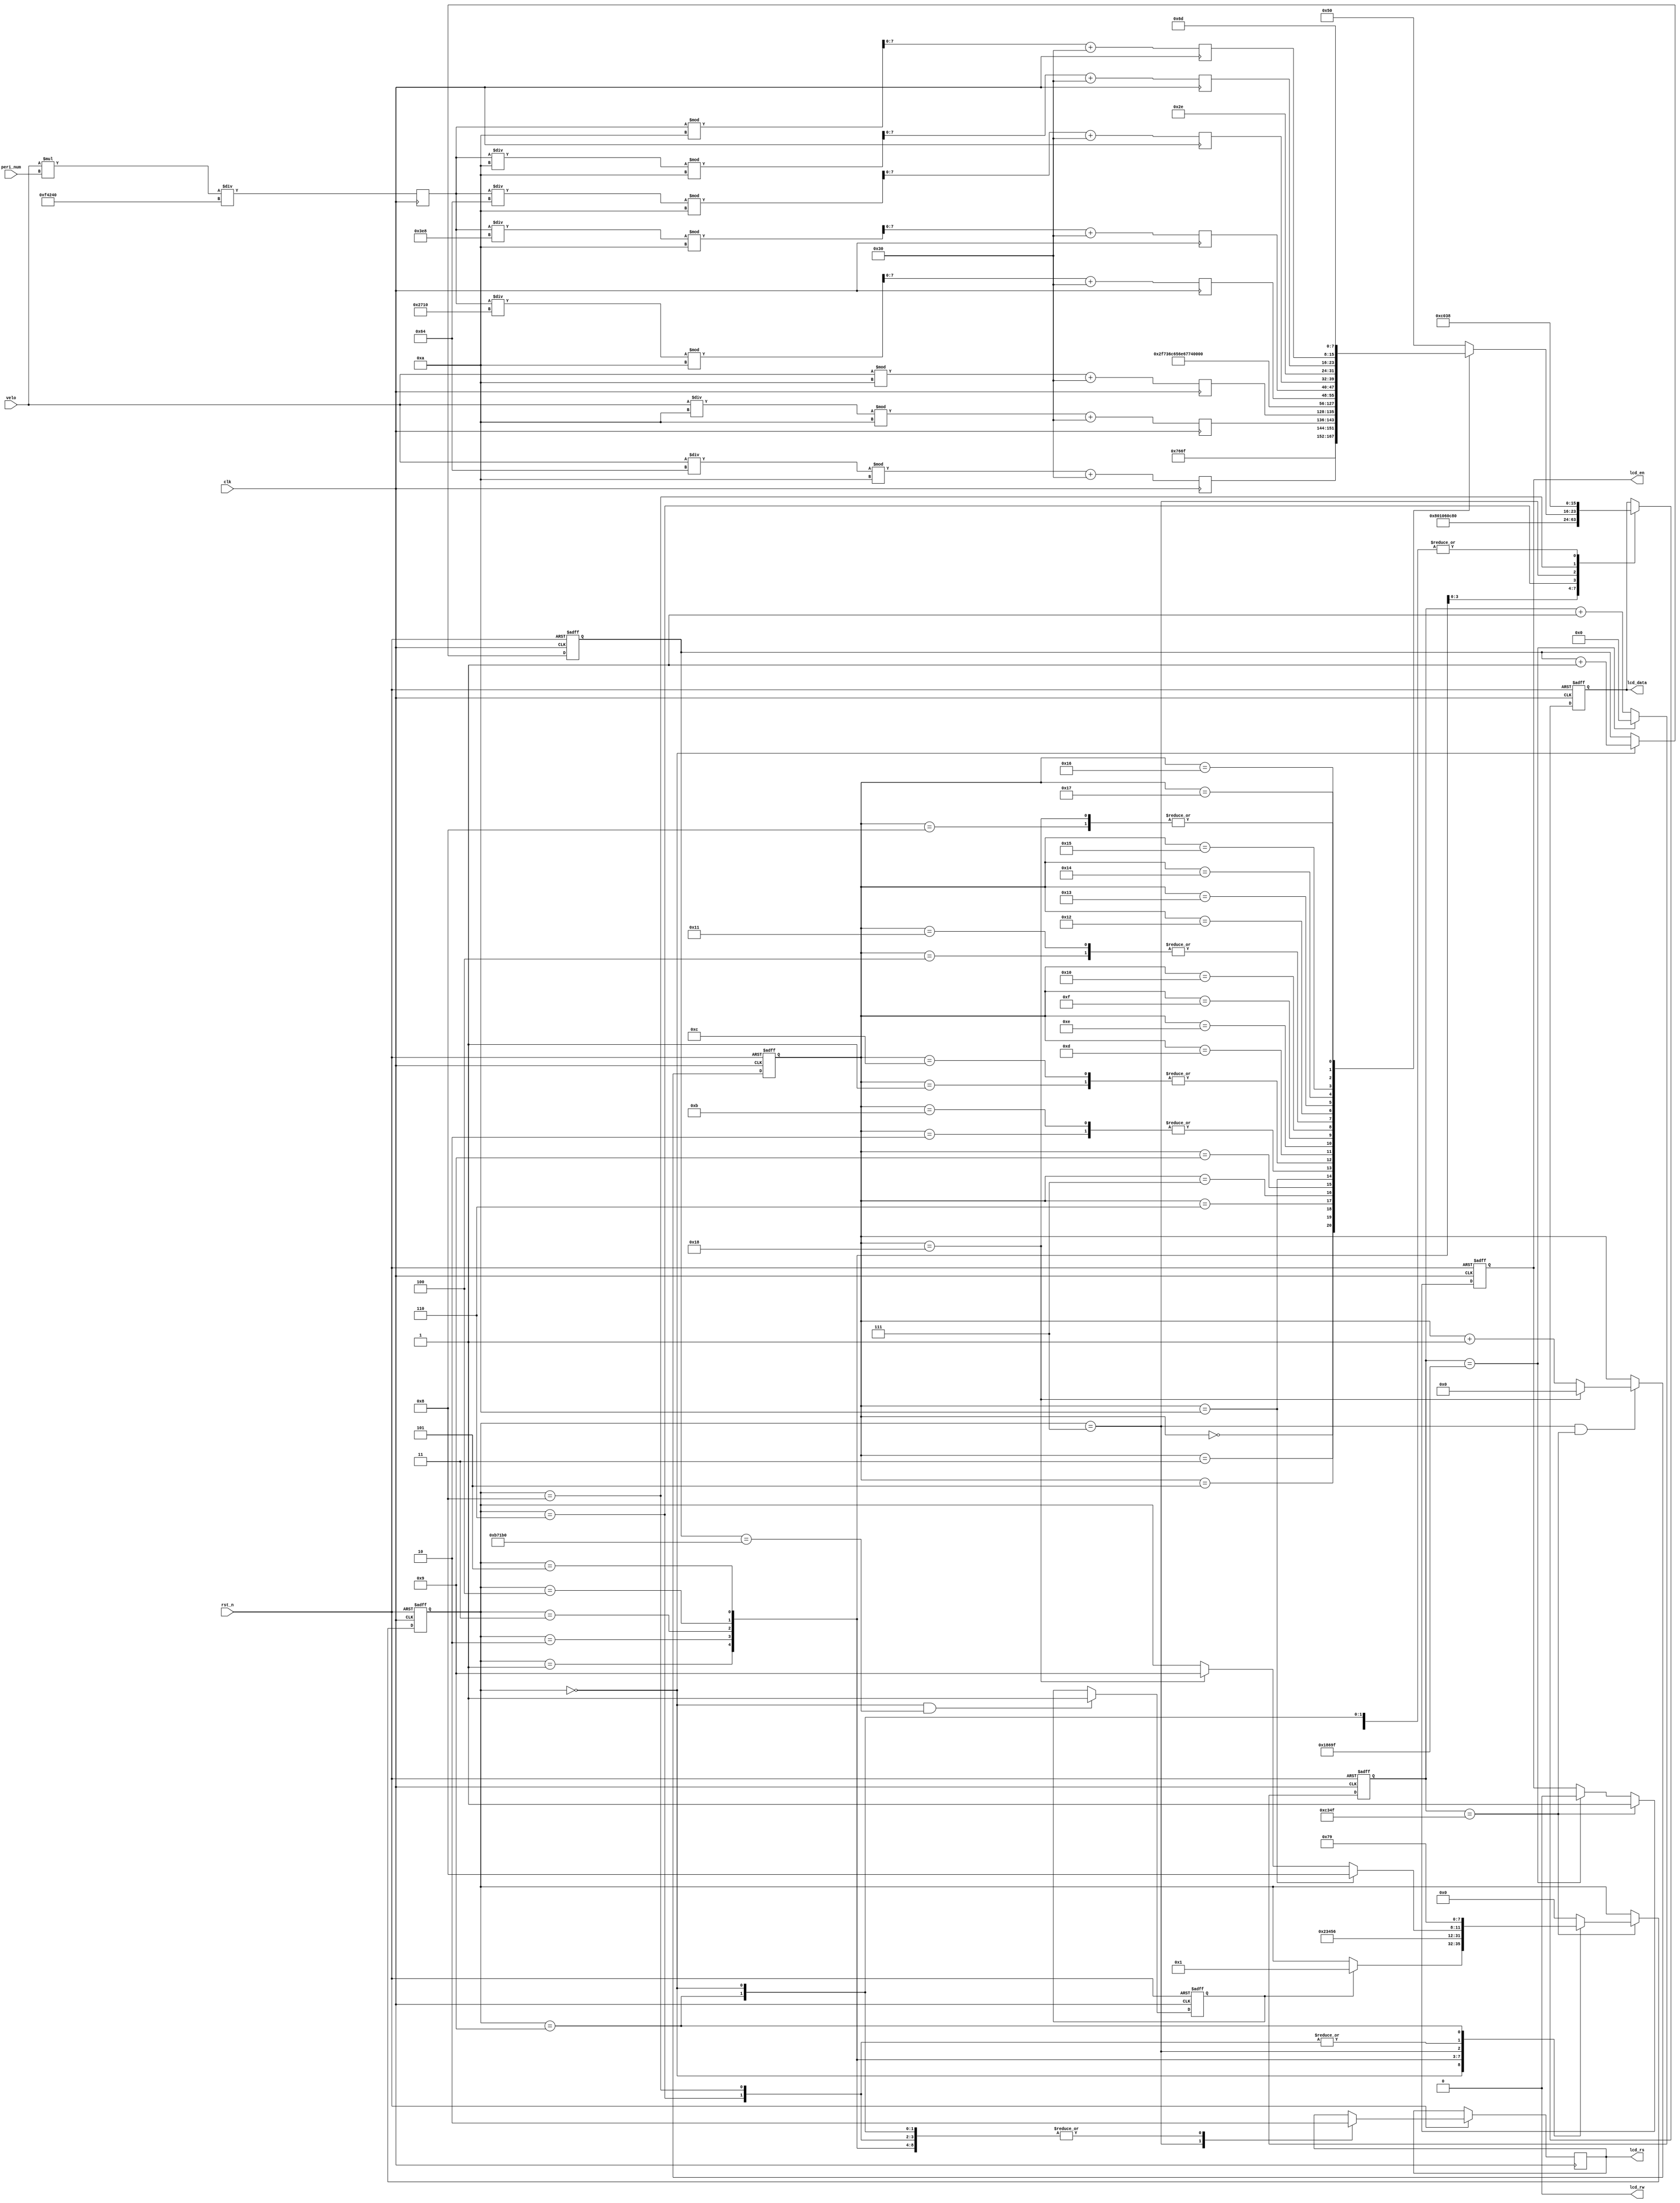
 
// Company  : 
// Engineer : 
// -----------------------------------------------------------------------------
// https://blog.csdn.net/qq_33231534    PHF's CSDN blog
// -----------------------------------------------------------------------------
// Revise Data    : 2020-09-08 09:53:32
// Target Devices : XC7Z015-CLG485-2
// Tool Versions  : Vivado 2019.2
// Revision       : V1.1
// Editor         : sublime text3, tab size (4)
// Description    : LCD1602 driver
 
module lcd_test(
	input				clk			,
	input				rst_n		,
	
	output	reg			lcd_rs		,
	output	wire		lcd_rw		,
	output	reg			lcd_en		,
	output	reg	[7:0]	lcd_data	,
	input    [7:0] velo,
	input 	[31:0] peri_num
	);
 
	reg	[17:0]	cnt				;
	reg	[3:0]	state_c			;
	reg	[3:0]	state_n			;
	reg	[4:0]	char_cnt		;
	reg	[7:0]	data_display	;

	parameter frequency = 32'd500000;
	localparam
		IDLE			= 4'd0	,
		INIT 			= 4'd1	,
		S0				= 4'd2	,
		S1				= 4'd3	,
		S2				= 4'd4	,
		S3				= 4'd5	,
		ROW1_ADDR		= 4'd6	,
		WRITE			= 4'd7	,
		ROW2_ADDR		= 4'd8	,
		stop			= 4'd9	;
 
 
	assign lcd_rw = 1'b0;
 
reg [31:0] length;

reg [7:0] velo2;
reg [7:0] velo1;
reg [7:0] velo0;

reg [7:0] len4;
reg [7:0] len3;
reg [7:0] len2;
reg [7:0] len1;
reg [7:0] len0;


always @(posedge clk)
	begin 
		length <= (velo * peri_num )/(2'd2*frequency);
	end

always @(posedge clk)
	begin
		velo0 <= (velo % 4'd10) + 8'h30;
		velo1 <= ((velo / 4'd10) % 4'd10) + 8'h30;
		velo2 <= ((velo / 8'd100) % 4'd10) + 8'h30;
	end

always @(posedge clk)
	begin
		len4 <= ((length) / 16'd10000) % 4'd10 + 8'h30;
		len3 <= ((length) / 10'd1000) % 4'd10 + 8'h30;
		len2 <= ((length) / 8'd100) % 4'd10 + 8'h30;
		len1 <= ((length) / 4'd10) % 4'd10 + 8'h30;
		len0 <= length % 4'd10 + 8'h30;
	end
	
	
	always @(posedge clk or negedge rst_n) begin
		if (!rst_n) begin
			cnt <= 17'd0;
		end
		else begin
			if (cnt==17'd100_000 - 1) begin
				cnt <= 17'd0;
			end
			else begin
				cnt <= cnt + 1'b1;
			end
		end
	end

	

	always @(posedge clk or negedge rst_n) begin
		if (!rst_n) begin
			lcd_en <= 0;
		end
		else if (cnt==17'd50_000 - 1) begin
			lcd_en <= 1;
		end
		else if (cnt==17'd100_000 - 1) begin
			lcd_en <= 0;
		end
	end
 
	always @(posedge clk or negedge rst_n) begin
		if (!rst_n) begin
			char_cnt <= 0;
		end
		else if (state_c==WRITE && cnt==17'd50_000 - 1) begin
			if (char_cnt==5'd24) begin
				char_cnt <= 5'd0;
			end
			else begin
				char_cnt <= char_cnt + 1'b1;
			end
		end
	end
 
	always @(*) begin
		case(char_cnt)
			5'd0: data_display   = "v";
			5'd1: data_display   = "e";
			5'd2: data_display   = "l";
			5'd3: data_display   = "o";
			5'd4: data_display   = ":";
			5'd5: data_display   = velo2;
			5'd6: data_display   = velo1;
			5'd7: data_display   = velo0;
			5'd8: data_display   = "m";
			5'd9: data_display   = "/";
			5'd10: data_display  = "s";
			5'd11: data_display  = "l";
			5'd12: data_display  = "e";
			5'd13: data_display  = "n";
			5'd14: data_display  = "g";
			5'd15: data_display  = "t";
			5'd16: data_display  = "h";
			5'd17: data_display  = ":";
			5'd18: data_display  = len4;
			5'd19: data_display  = len3;
			5'd20: data_display  = len2;
			5'd21: data_display  = ".";
			5'd22: data_display  = len1;
			5'd23: data_display  = len0;
			5'd24: data_display  = "m";
			default:data_display = "P";
		endcase
	end
 
	always @(posedge clk or negedge rst_n) begin
		if (!rst_n) begin
			state_c <= IDLE;
		end
		else if(cnt==17'd50_000 - 1) begin
			state_c <= state_n;
		end
	end
 
	reg	[19:0]	cnt_15ms;
	reg		flag	;
	always@(posedge clk or negedge rst_n)begin
		if (!rst_n) begin
			cnt_15ms <= 0;
		end
		else if (state_c == IDLE) begin
			cnt_15ms <= cnt_15ms + 1'b1;
		end
	end
 
	always@(posedge clk or negedge rst_n)begin
		if (!rst_n) begin
			flag <= 0;
		end
		else if (state_c==IDLE && cnt_15ms==20'd750000) begin
			flag <= 1;
		end
	end
 
	always @(*) begin
		case(state_c)
			IDLE		:
				begin
					if (flag) begin
						state_n = INIT;
					end
					else begin
						state_n = state_c;
					end
				end
			INIT 	:
				begin
					state_n = S0;
				end
			S0  	:
				begin
					state_n = S1;
				end
			S1  	:
				begin
					state_n = S2;
				end
			S2  	:
				begin
					state_n = S3;
				end
			S3  	:
				begin
					state_n = ROW1_ADDR;
				end
			ROW1_ADDR:
				begin
					state_n = WRITE;
				end
			WRITE		:
				begin
					if (char_cnt==5'd10) begin
						state_n = ROW2_ADDR;
					end
					else if (char_cnt==5'd24) begin
						state_n = stop;
					end
					else begin
						state_n = state_c;
					end
				end
			ROW2_ADDR:
				begin
					state_n = WRITE;
				end
			stop		:
				begin
					state_n = stop;
				end
			default:state_n = IDLE;
		endcase
	end
 
	always @(posedge clk or negedge rst_n) begin
		if (!rst_n) begin
			lcd_data <= 8'd0;
		end
		else begin
			case(state_c)
				IDLE		:begin lcd_data <= 8'h38; lcd_rs <= 0;end
				INIT 		:begin lcd_data <= 8'h38; lcd_rs <= 0;end
				S0			:begin lcd_data <= 8'h08; lcd_rs <= 0;end
				S1			:begin lcd_data <= 8'h01; lcd_rs <= 0;end
				S2			:begin lcd_data <= 8'h06; lcd_rs <= 0;end
				S3			:begin lcd_data <= 8'h0c; lcd_rs <= 0;end
				ROW1_ADDR	:begin lcd_data <= 8'h80; lcd_rs <= 0;end
				WRITE		:begin lcd_data <= data_display; lcd_rs <= 1;end
				ROW2_ADDR	:begin lcd_data <= 8'hc0; lcd_rs <= 0;end
				stop		:begin lcd_data <= 8'h38; lcd_rs <= 0;end
				default:;
			endcase
		end
	end
endmodule